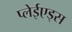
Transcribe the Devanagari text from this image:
प्लेईएड्स